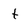
Character: t